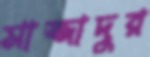
সাজ্জাদুর